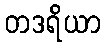
တဒရိယာ